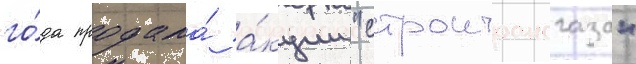
го́да продала́ а́кции "строитрансгаза"